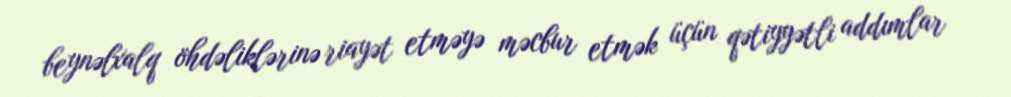
beynəlxalq öhdəliklərinə riayət etməyə məcbur etmək üçün qətiyyətli addımlar